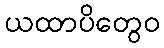
ယထာပိတွေဝ